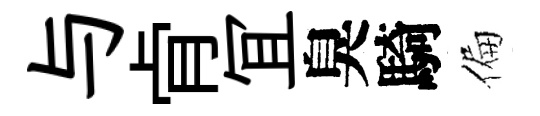
与肻冝臭騎偏